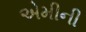
એમીની